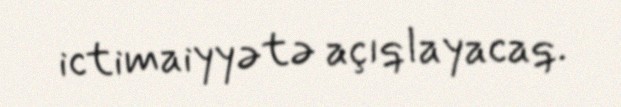
ictimaiyyətə açıqlayacaq.